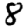
Digit: 8